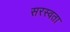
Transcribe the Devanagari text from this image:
सरस्वता